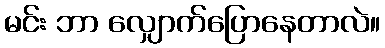
မင်း ဘာ လျှောက်ပြောနေတာလဲ။